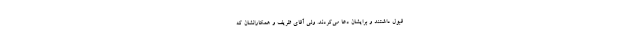
قبول داشتند و برایشان دعا می‌کردند. ولی آقای ظریف و همکارانشان که